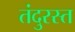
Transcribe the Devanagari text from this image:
तंदुरस्त